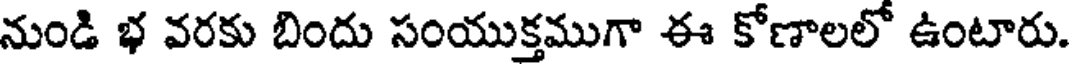
నుండి భ వరకు బిందు సంయుక్తముగా ఈ కోణాలలో ఉంటారు.